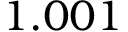
1 . 0 0 1